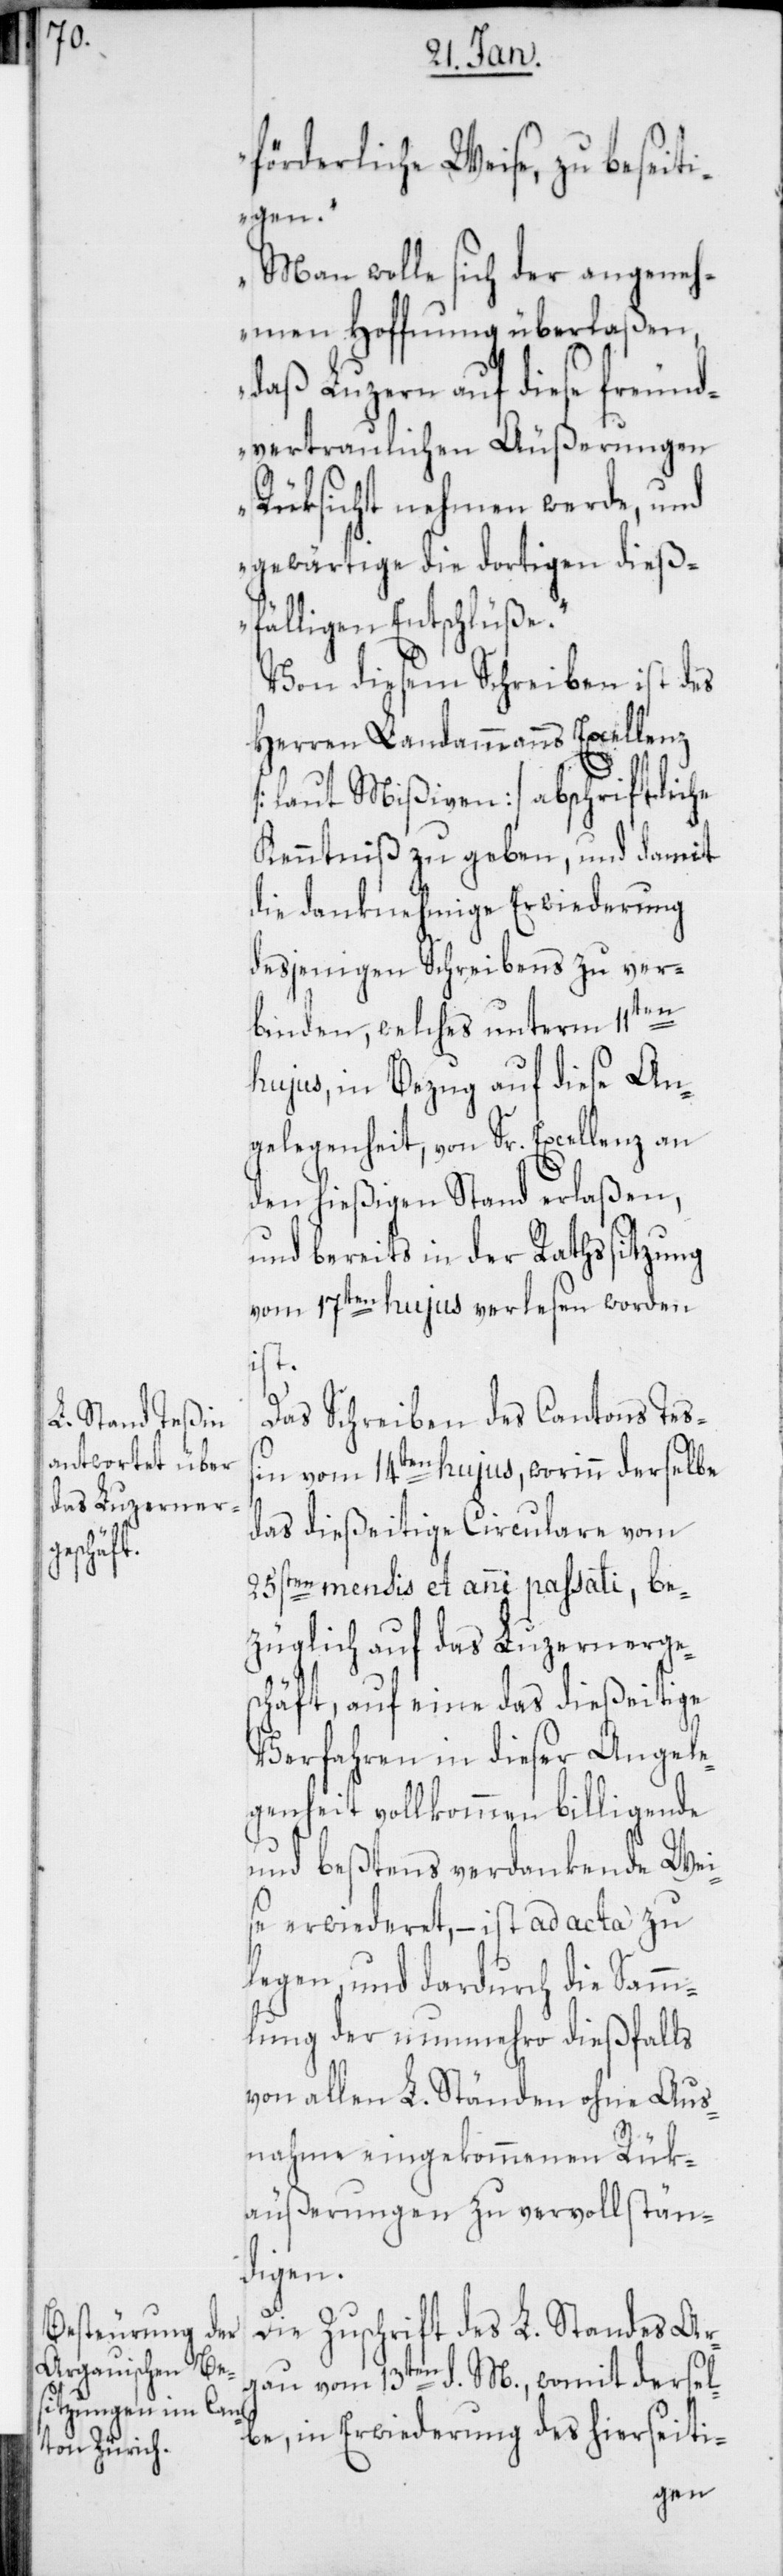
förderliche Weise, zu beseiti¬
gen.
Man wolle sich der angeneh¬
men Hoffnung überlaßen,
daß Luzern auf diese freund¬
vertraulichen Äußerungen
Rüksicht nehmen werde, und
gewärtige die dortigen dieß¬
fälligen Entschlüße“.
Von diesem Schreiben ist des
Herren Landammanns Excellenz
[laut Mißiven] abschriftliche
Kenntniß zu geben, und damit
die danknehmige Erwiederung
desjenigen Schreibens zu ver¬
binden, welches unterm 11ten
hujus, in Bezug auf diese An¬
gelegenheit, von Sr. Excellenz an
den hießigen Stand erlaßen,
und bereits in der Rathssitzung
vom 17ten hujus verlesen worden
ist.
Das Schreiben des Cantons Teß¬
in vom 14ten hujus, worinn derselbe
das dießeitige Circulare vom
25sten mensis et anni passati, be¬
züglich auf das Luzernerges¬
chäft, auf eine das dießeitige
Verfahren in dieser Angele¬
genheit vollkommen billigende
und beßtens verdankende Wei¬
se erwiederet, – ist ad acta zu
legen, und dardurch die Samm¬
lung der nunmehro dießfalls
von allen L. Ständen ohne Aus¬
nahme eingekommenen Rük¬
äußerungen zu vervollstän¬
digen.
Die Zuschrift des L. Standes Ar¬
gau vom 13ten d. M., womit dersel¬
be in Erwiederung des hierseiti-